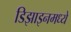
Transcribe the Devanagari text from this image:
डिझाइनमध्ये